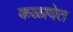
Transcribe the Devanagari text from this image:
कळावेत